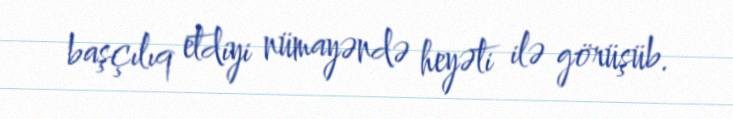
başçılıq etdiyi nümayəndə heyəti ilə görüşüb.